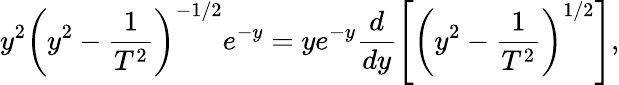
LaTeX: y^{2}\left(y^{2}-\frac{1}{T^{2}}\right)^{-1/2}e^{-y}=ye^{-y}\frac{d}{dy}\left[\left(y^{2}-\frac{1}{T^{2}}\right)^{1/2}\right],